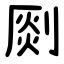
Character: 㓹